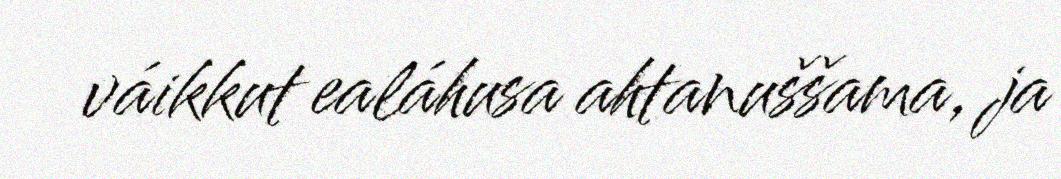
váikkut ealáhusa ahtanuššama, ja